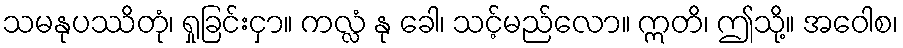
သမနုပဿိတုံ၊ ရှုခြင်းငှာ။ ကလ္လံ နု ခေါ၊ သင့်မည်လော။ ဣတိ၊ ဤသို့။ အဝေါစ၊